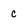
Character: c